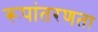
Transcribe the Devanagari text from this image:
रूपांतरणता